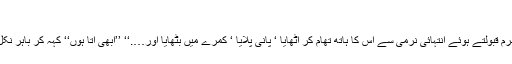
‘‘
اپنا جرم قبولتے ہوئے انتہائی نرمی سے اس کا ہاتھ تھام کر اٹھایا ‘ پانی پلایا ‘ کمرے میں بٹھایا اور….‘‘ ’’ابھی آتا ہوں‘‘ کہہ کر باہر نکل گیا۔